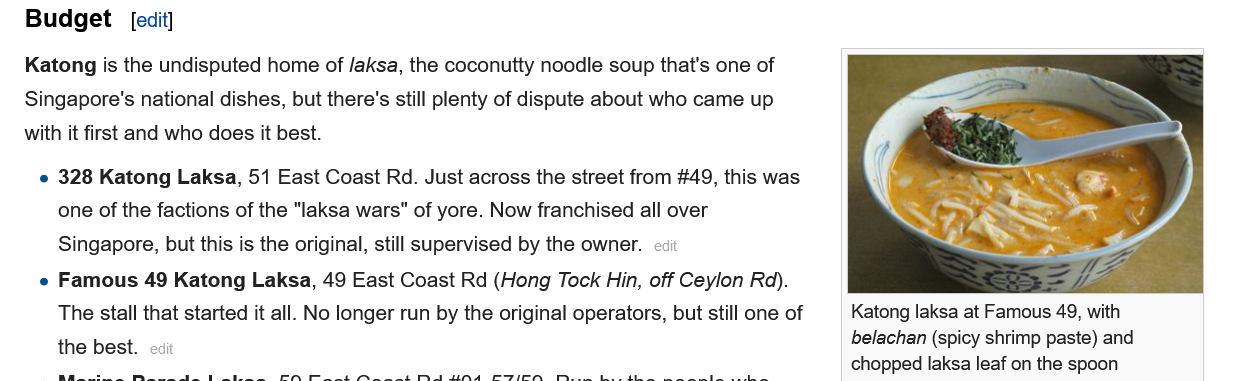
Budget    [edit]
   Katong is the undisputed home of /aksa, the coconutty noodle soup that's one of
   Singapore's national dishes, but there's still plenty of dispute about who came up
   with it first and who does it best.
    e 328 Katong  Laksa, 51 East Coast Rd. Just across the street from #49, this was
     one of the factions of the "laksa wars" of yore. Now franchised all over
     Singapore, but this is the original, still supervised by the owner.
    e Famous 49  Katong  Laksa, 49 East Coast Rd (Hong Tock Hin, off Ceylon Rd).
     The stall that started it all. No longer run by the original operators, but still one of
     the best.
     Katong laksa at Famous 49, with
     belachan (spicy shrimp paste) and
     chopped laksa leaf on the spoon